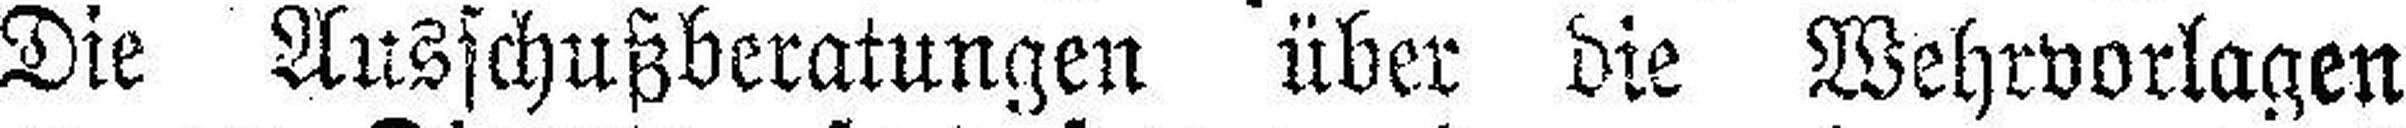
Die Ausschußberatungen über die Wehrvorlagen